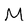
Character: M